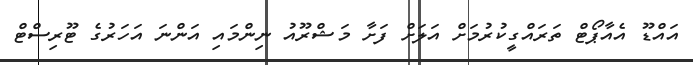
އައްޑޫ އެއާޕޯޓް ތަރައްގީކުރުމަށް އަލަށް ފަށާ މަޝްރޫއު ނިންމައި އަންނަ އަހަރުގެ ޓޫރިސްޓް